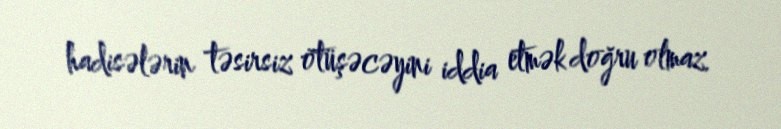
hadisələrin təsirsiz ötüşəcəyini iddia etmək doğru olmaz.